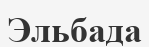
Эльбада